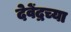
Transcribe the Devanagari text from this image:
देवेंद्रच्या